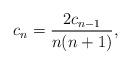
LaTeX: \begin{align*}c_n = {2c_{n - 1}\over n(n + 1)},\end{align*}